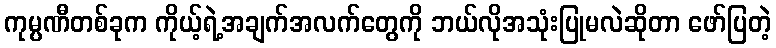
ကုမ္ပဏီတစ်ခုက ကိုယ့်ရဲ့အချက်အလက်တွေကို ဘယ်လိုအသုံးပြုမလဲဆိုတာ ဖော်ပြတဲ့